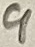
Text: 9